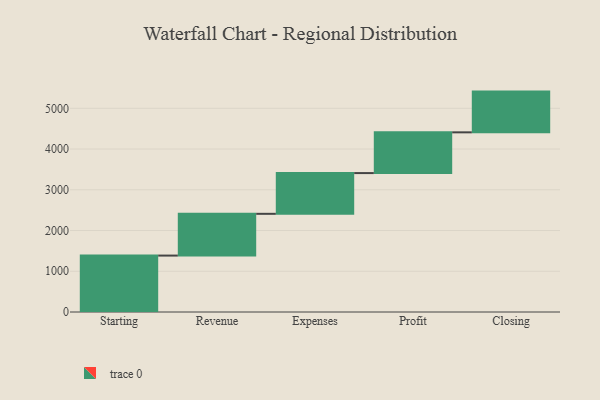
{"axis": {"x": "Step", "y": "Value"}, "legend": [""], "data": [{"x": "Starting", "y": 1385.0, "type": ""}, {"x": "Revenue", "y": 1025.0, "type": ""}, {"x": "Expenses", "y": 1000, "type": ""}, {"x": "Profit", "y": 1000, "type": ""}, {"x": "Closing", "y": 1000, "type": ""}]}